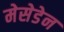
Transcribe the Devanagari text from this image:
मेसेडेन